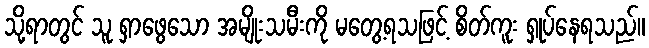
သို့ရာတွင် သူ ရှာဖွေသော အမျိုးသမီးကို မတွေ့ရသဖြင့် စိတ်ကူး ရှုပ်နေရသည်။